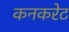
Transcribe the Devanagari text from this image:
कनकरेट